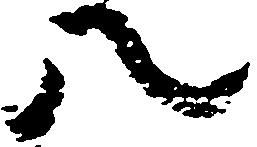
八